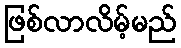
ဖြစ်လာလိမ့်မည်